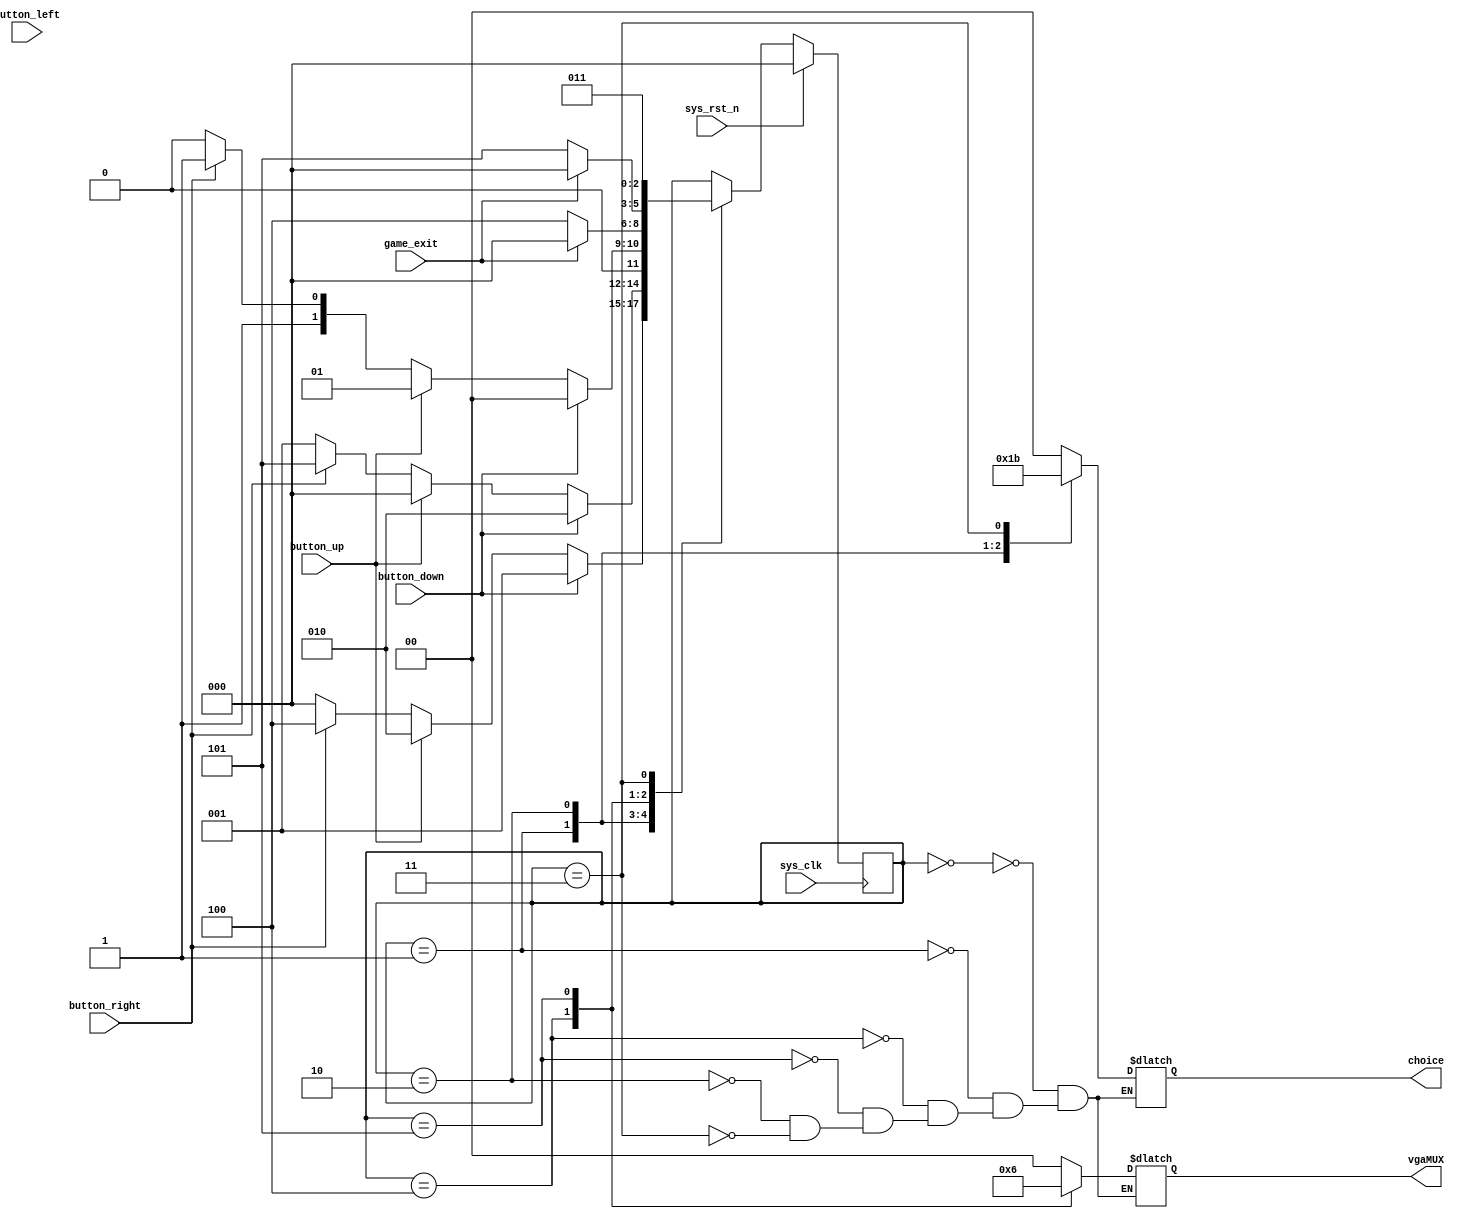
`timescale 1ns / 1ps

// parameter   state_game1 = 0,            state_game1_in = 1,
//             state_game2 = 2,            state_game2_in = 3,
//             state_game3 = 4,            state_game3_in = 5,
//             state_exit  = 6,            state_exit_in  = 7;

module FSM(
    input sys_clk,
    input sys_rst_n,
    input button_up,
    input button_down,
    input button_left,
    input button_right, // 
    input game_exit,
    output reg [1:0] vgaMUX, // 0 background ; 1 game1 ; 2 game2;
    output reg [1:0] choice); // 0 back_game1 ; 2 back_game_2 ; 3 back_exit ; 4 back_exit_in;

// State Define
parameter   state_game1 = 0,            state_game1_in = 4,
            state_game2 = 1,            state_game2_in = 5,
            state_exit  = 2,            state_exit_in  = 3;

reg [2:0] state;
//reg game_exit;  // control to exit in_state
// reg background; // define bits

always @(posedge sys_clk) begin
    if (sys_rst_n) begin
        state <= state_game1;
//        game_exit = 1'b0;
    end
    else case (state)
        state_game1 : begin
            if(button_down) state <= state_game2;
            else if(button_up)  state <= state_exit;
            else if(button_right)  state <= state_game1_in;
            else state <= state_game1;
        end
        state_game2 : begin
            if(button_down) state <= state_exit;
            else if(button_up)  state <= state_game1;
            else if(button_right)  state <= state_game2_in;
            else state <= state_game2;
        end
        state_exit : begin
            if(button_down) state <= state_game1;
            else if(button_up)  state <= state_game2;
            else if(button_right)  state <= state_exit_in;
            else state <= state_exit;
        end
        state_game1_in : begin
            if(game_exit) begin
                state <= state_game1;
            end
            else state <= state_game1_in;
        end
        state_game2_in : begin
            if(game_exit) begin
                state <= state_game1;
            end
            else state <= state_game2_in;
        end
        state_exit_in  : state <= state_exit_in;
    endcase               
end    

// OutPut
always @(state) begin
    case (state)
        state_game1      : begin
            {choice, vgaMUX} = 4'b0000;
        end
        state_game2      : begin
            {choice, vgaMUX} = 4'b0100;
        end  
        state_game1_in   : begin
            {choice, vgaMUX} = 4'b0001;
        end
        state_game2_in   : begin
            {choice, vgaMUX} = 4'b0010;
        end
        state_exit       : begin
            {choice, vgaMUX} = 4'b1000;
        end
        state_exit_in    : begin
            {choice, vgaMUX} = 4'b1100;
        end
    endcase
end         
endmodule